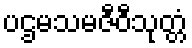
ပဌမသမဇီဝီသုတ္တံ